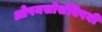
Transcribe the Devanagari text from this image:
ओपनसोर्सविषयी